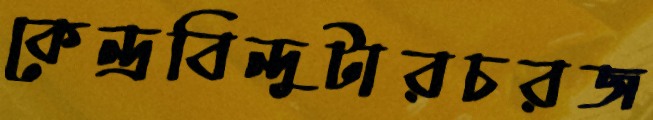
কেন্দ্রবিন্দুটারচরজ